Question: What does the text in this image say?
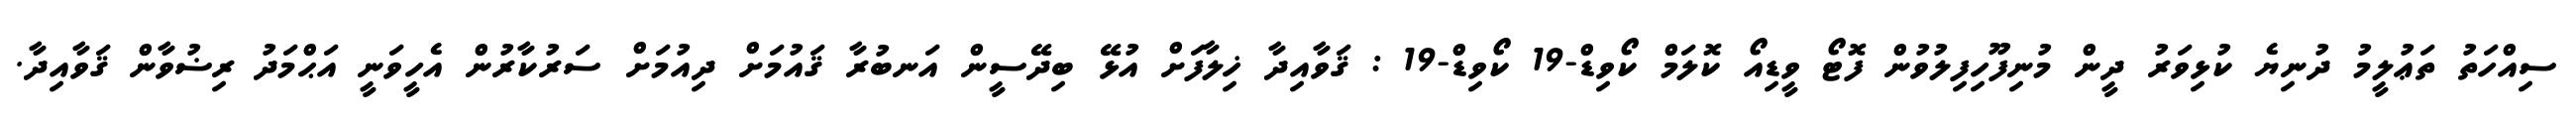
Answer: ސިއްހަތު ތަޢުލީމު ދުނިޔެ ކުޅިވަރު ދީން މުނިފޫހިފިލުވުން ފޮޓޯ ވީޑިއޯ ކޮލަމް ކޯވިޑް-19 ކޯވިޑް-19 : ޤަވާއިދާ ޚިލާފަށް އުޅޭ ބިދޭސީން އަނބުރާ ޤައުމަށް ދިއުމަށް ސަރުކާރުން އެހީވަނީ އަޙްމަދު ރިޟުވާން ޤަވާއިދާ.